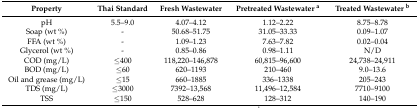
<table><thead><tr><td><b>Property</b></td><td><b>Thai Standard</b></td><td><b>Fresh Wastewater</b></td><td><b>Pretreated Wastewater <sup>a</sup></b></td><td><b>Treated Wastewater <sup>b</sup></b></td></tr></thead><tbody><tr><td>pH</td><td>5.5–9.0</td><td>4.07–4.12</td><td>1.12–2.22</td><td>8.75–8.78</td></tr><tr><td>Soap (wt %)</td><td>-</td><td>50.68–51.75</td><td>31.05–33.33</td><td>0.09–1.07</td></tr><tr><td>FFA (wt %)</td><td>-</td><td>1.09–1.23</td><td>7.63–7.82</td><td>0.02–0.04</td></tr><tr><td>Glycerol (wt %)</td><td>-</td><td>0.85–0.86</td><td>0.98–1.11</td><td>N/D</td></tr><tr><td>COD (mg/L)</td><td>≤400</td><td>118,220–146,878</td><td>60,815–96,600</td><td>24,738–24,911</td></tr><tr><td>BOD (mg/L)</td><td>≤60</td><td>620–1193</td><td>210–460</td><td>9.0–13.6</td></tr><tr><td>Oil and grease (mg/L)</td><td>≤15</td><td>660–1885</td><td>336–1338</td><td>205–243</td></tr><tr><td>TDS (mg/L)</td><td>≤3000</td><td>7392–13,568</td><td>11,496–12,584</td><td>7710–9100</td></tr><tr><td>TSS</td><td>≤150</td><td>528–628</td><td>128–312</td><td>140–190</td></tr></tbody></table>